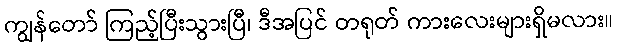
ကျွန်တော် ကြည့်ပြီးသွားပြီ၊ ဒီအပြင် တရုတ် ကားလေးများရှိမလား။